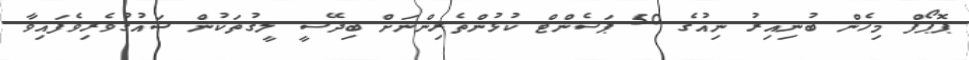
ޕޮޕޯފް މިހެން ބުނިއިރު ނިއުގެ 50 ޕަސެންޓް ކުޅުންތެރިންނަށް ބިދޭސީ ލީގުތަކުން ޝައުގުވެރިވެފައިވާ